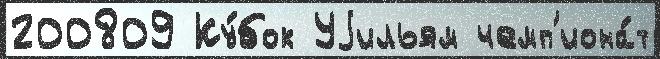
200809 Ку́бок Уjильям чемп'иона́т